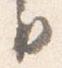
月